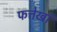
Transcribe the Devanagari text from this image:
फत्तेखां